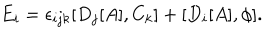
E _ { i } = \epsilon _ { i j k } [ D _ { j } [ A ] , C _ { k } ] + [ D _ { i } [ A ] , \phi ] .